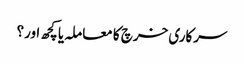
سرکاری خرچ کا معاملہ یا کچھ اور؟